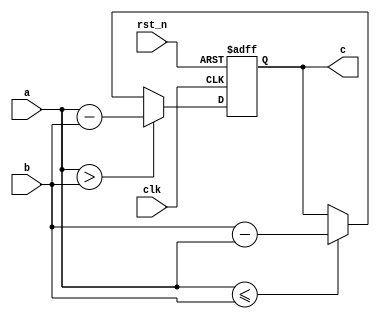
`timescale 1ns/1ns
module data_minus(
	input clk,
	input rst_n,
	input [7:0]a,
	input [7:0]b,

	output  reg [8:0]c
);
always @(posedge clk or negedge rst_n) begin
    if(!rst_n) begin
        c <= 0;
    end
    else if (a > b) begin
        c <= a - b;
    end
    else if (a <= b) begin
        c <= b - a;
    end
end
endmodule